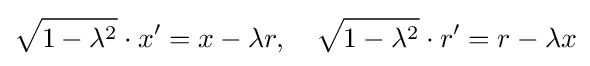
{\sqrt {1-\lambda ^{2}}}\cdot x'=x-\lambda r,\quad {\sqrt {1-\lambda ^{2}}}\cdot r'=r-\lambda x